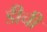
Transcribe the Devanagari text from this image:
डीची